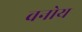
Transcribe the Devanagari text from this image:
वनोय